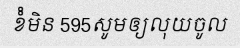
ខំំមិន 595សូមឲ្យលុយចូល